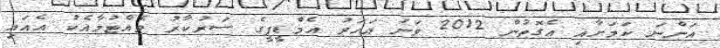
އަންނަ ކަމަށާއި އެގޮތުން 2012 ވަނަ އަހަރު އެމްޑީޕީގެ ސަރުކާރު ވެއްޓުމާއެކު އެއައި